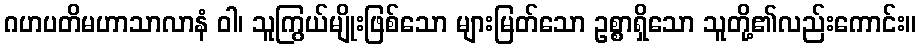
ဂဟပတိမဟာသာလာနံ ဝါ၊ သူကြွယ်မျိုးဖြစ်သော များမြတ်သော ဥစ္စာရှိသော သူတို့၏လည်းကောင်း။